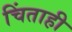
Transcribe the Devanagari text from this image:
चिंताही